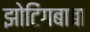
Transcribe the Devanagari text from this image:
झोटिंगबाबा